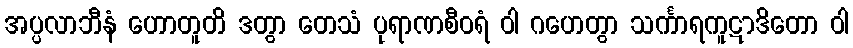
အပ္ပလာဘီနံ ဟောတူတိ ဒတွာ တေသံ ပုရာဏစီဝရံ ဝါ ဂဟေတွာ သင်္ကာရကူဋာဒိတော ဝါ